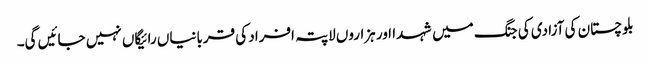
بلوچستان کی آزادی کی جنگ میں شہدا اور ہزاروں لاپتہ افراد کی قربانیاں رائیگاں نہیں جائیں گی۔